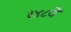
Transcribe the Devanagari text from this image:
१४८वें